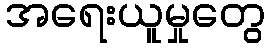
အရေးယူမှုတွေ